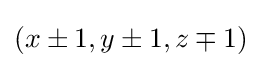
\textstyle (x\pm 1,y\pm 1,z\mp 1)